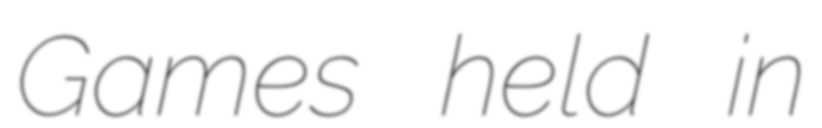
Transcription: Games held in